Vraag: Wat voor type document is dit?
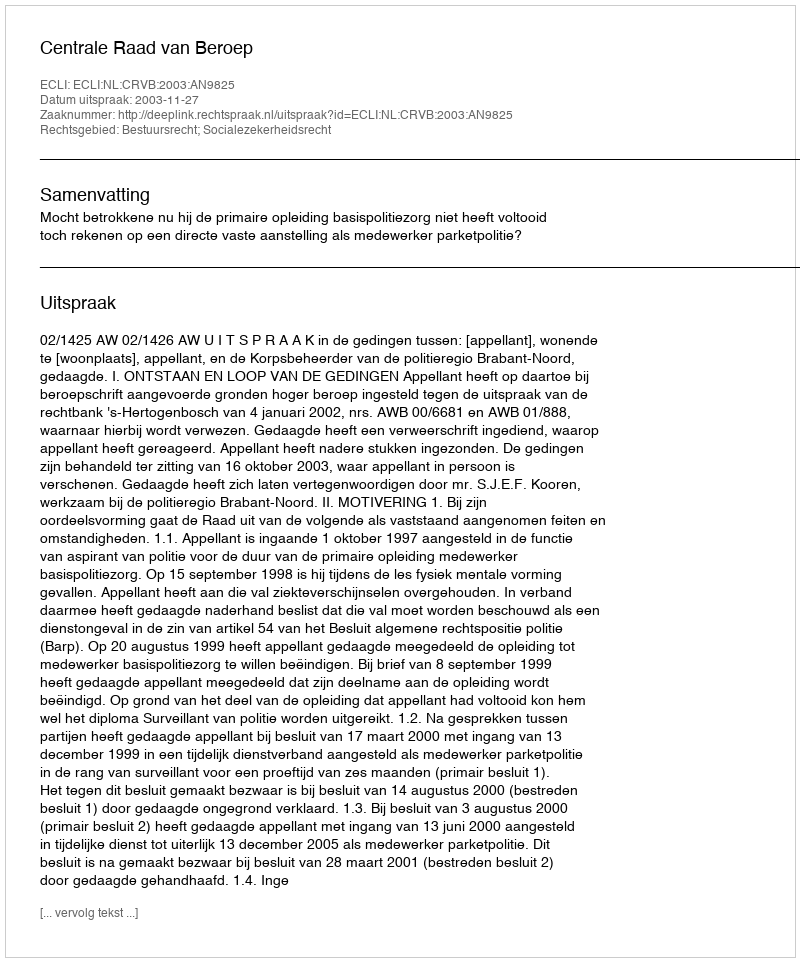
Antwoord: Uitspraak